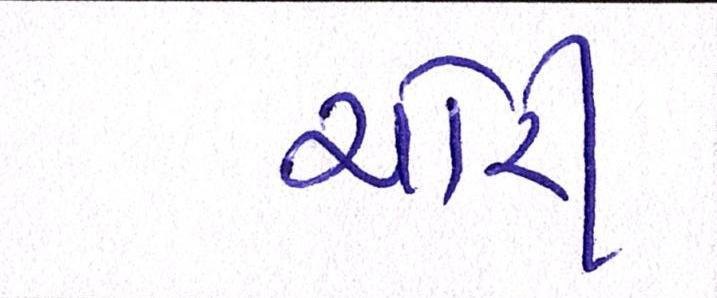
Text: ચોરી